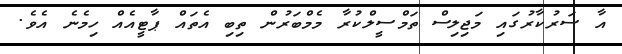
އާ ސަރުކާރުގައި މަޖިލިސް ތަމްސީލްކުރާ މެމްބަރުން ތިބި އެތައް ޕާޓީއެއް ހިމެނެ އެވެ.